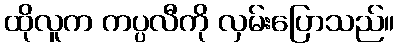
ထိုလူက ကပ္ပလီကို လှမ်းပြောသည်။